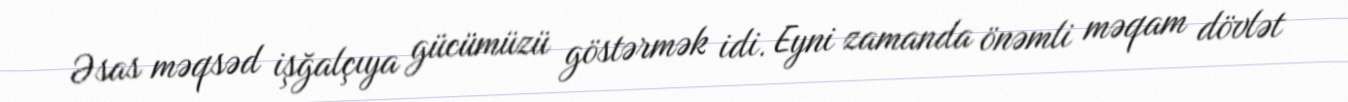
Əsas məqsəd işğalçıya gücümüzü göstərmək idi. Eyni zamanda önəmli məqam dövlət